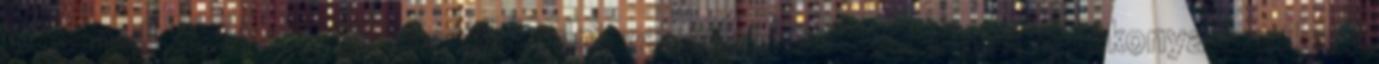
jobban, ill. hatásosabban cselekedni, valamint könnyebben és hatékonyabban lesz